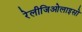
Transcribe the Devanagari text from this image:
रेलीजिओलाइसो